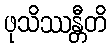
ဖုသိဿန္တီတိ